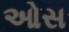
ઓસ